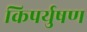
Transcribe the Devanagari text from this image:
किपर्युषण